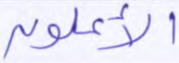
الأعلون